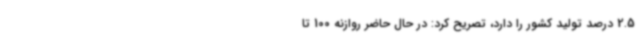
2.5 درصد تولید کشور را دارد، تصریح کرد: در حال حاضر روازنه 100 تا